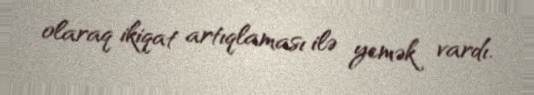
olaraq ikiqat artıqlaması ilə yemək vardı.